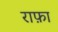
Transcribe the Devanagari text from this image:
राफ़ा